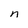
Character: n